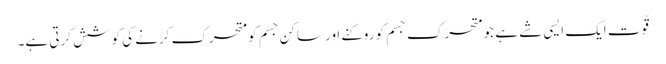
قّوت ایک ایسی شے ہے جو متحرک جسم کو روکنے اور ساکن جسم کو متحرک کرنے کی کوشش کرتی ہے۔